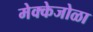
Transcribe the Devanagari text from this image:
मेक्केजोळा